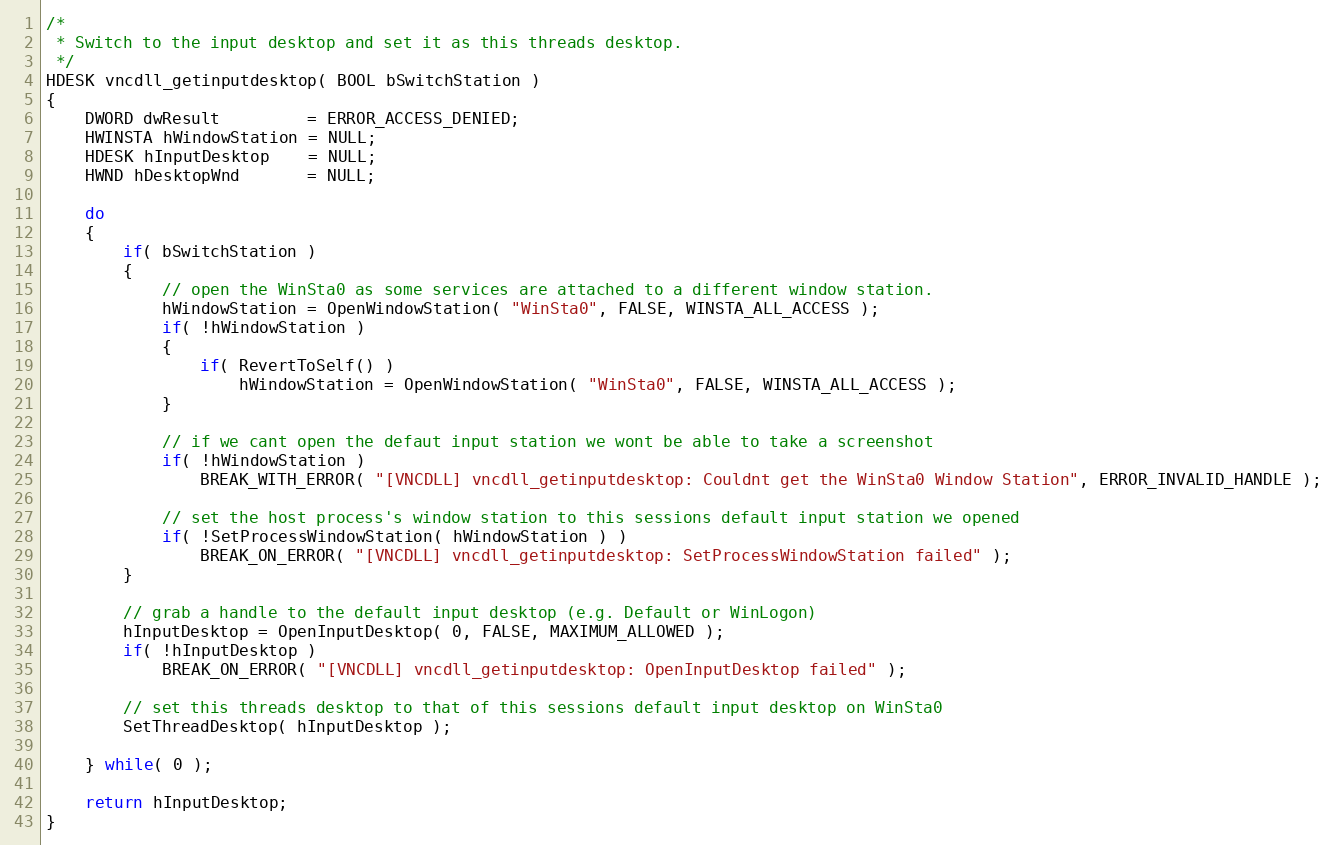
Language: C++
/*
 * Switch to the input desktop and set it as this threads desktop.
 */
HDESK vncdll_getinputdesktop( BOOL bSwitchStation )
{
	DWORD dwResult         = ERROR_ACCESS_DENIED;
	HWINSTA hWindowStation = NULL;
	HDESK hInputDesktop    = NULL;
	HWND hDesktopWnd       = NULL;

	do
	{
		if( bSwitchStation )
		{
			// open the WinSta0 as some services are attached to a different window station.
			hWindowStation = OpenWindowStation( "WinSta0", FALSE, WINSTA_ALL_ACCESS );
			if( !hWindowStation )
			{
				if( RevertToSelf() )
					hWindowStation = OpenWindowStation( "WinSta0", FALSE, WINSTA_ALL_ACCESS );
			}

			// if we cant open the defaut input station we wont be able to take a screenshot
			if( !hWindowStation )
				BREAK_WITH_ERROR( "[VNCDLL] vncdll_getinputdesktop: Couldnt get the WinSta0 Window Station", ERROR_INVALID_HANDLE );

			// set the host process's window station to this sessions default input station we opened
			if( !SetProcessWindowStation( hWindowStation ) )
				BREAK_ON_ERROR( "[VNCDLL] vncdll_getinputdesktop: SetProcessWindowStation failed" );
		}

		// grab a handle to the default input desktop (e.g. Default or WinLogon)
		hInputDesktop = OpenInputDesktop( 0, FALSE, MAXIMUM_ALLOWED );
		if( !hInputDesktop )
			BREAK_ON_ERROR( "[VNCDLL] vncdll_getinputdesktop: OpenInputDesktop failed" );

		// set this threads desktop to that of this sessions default input desktop on WinSta0
		SetThreadDesktop( hInputDesktop );

	} while( 0 );

	return hInputDesktop;
}